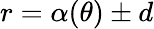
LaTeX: r=\alpha(\theta)\pm d